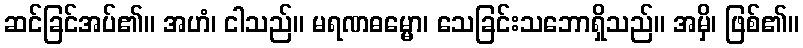
ဆင်ခြင်အပ်၏။ အဟံ၊ ငါသည်။ မရဏဓမ္မော၊ သေခြင်းသဘောရှိသည်။ အမှိ၊ ဖြစ်၏။